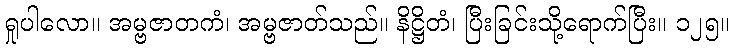
ရှုပါလော။ အမ္ဗဇာတကံ၊ အမ္ဗဇာတ်သည်။ နိဋ္ဌိတံ၊ ပြီးခြင်းသို့ရောက်ပြီး။ ၁၂၅။